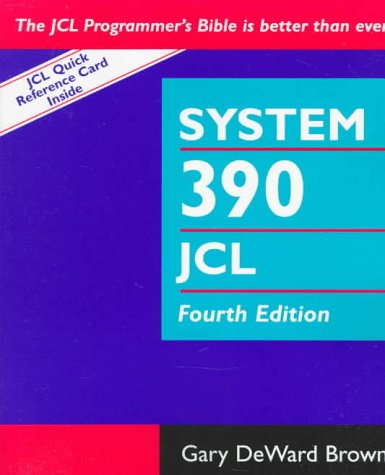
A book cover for System 390 Job Control Language, 4th Edition; Gary DeWard Brown; Computers & Technology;